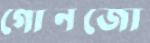
গোনজো